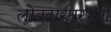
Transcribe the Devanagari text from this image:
लोकपरंपराओं